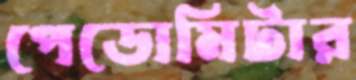
পেডোমিটার